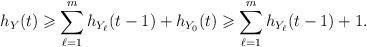
LaTeX: \begin{align*}h_Y(t) \geqslant \sum_{\ell =1}^m h_{Y_{\ell}} (t-1) + h_{Y_0}(t) \geqslant \sum_{\ell =1}^m h_{Y_{\ell}} (t-1) + 1.\end{align*}